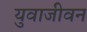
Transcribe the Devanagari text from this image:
युवाजीवन